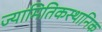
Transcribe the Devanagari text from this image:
ज्यामितिकस्थानिक